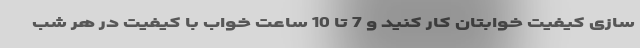
سازی کیفیت خوابتان کار کنید و 7 تا 10 ساعت خواب با کیفیت در هر شب